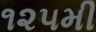
૧૨૫મી